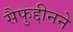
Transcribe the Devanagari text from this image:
सैफुद्दीनने